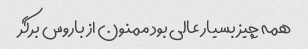
همه چیز بسیار عالی بود ممنون از باروس برگر